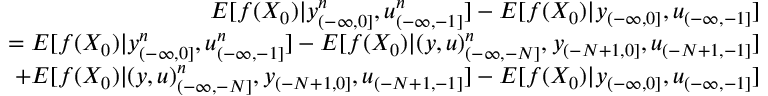
\begin{array} { r l r } & { } & { E [ f ( X _ { 0 } ) | y _ { ( - \infty , 0 ] } ^ { n } , u _ { ( - \infty , - 1 ] } ^ { n } ] - E [ f ( X _ { 0 } ) | y _ { ( - \infty , 0 ] } , u _ { ( - \infty , - 1 ] } ] } \\ & { } & { = E [ f ( X _ { 0 } ) | y _ { ( - \infty , 0 ] } ^ { n } , u _ { ( - \infty , - 1 ] } ^ { n } ] - E [ f ( X _ { 0 } ) | ( y , u ) _ { ( - \infty , - N ] } ^ { n } , y _ { ( - N + 1 , 0 ] } , u _ { ( - N + 1 , - 1 ] } ] } \\ & { } & { + E [ f ( X _ { 0 } ) | ( y , u ) _ { ( - \infty , - N ] } ^ { n } , y _ { ( - N + 1 , 0 ] } , u _ { ( - N + 1 , - 1 ] } ] - E [ f ( X _ { 0 } ) | y _ { ( - \infty , 0 ] } , u _ { ( - \infty , - 1 ] } ] } \end{array}